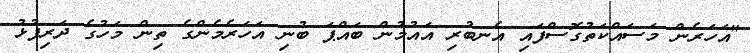
"އަހަރެން މަސައްކަތުގޮސްފައި އެނބުރި އައުމުން ބައްޕަ ބުނި އަހަރެމެންގެ ތިން މަހުގެ ދަރިފުޅު